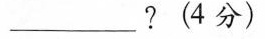
_________?(4分)